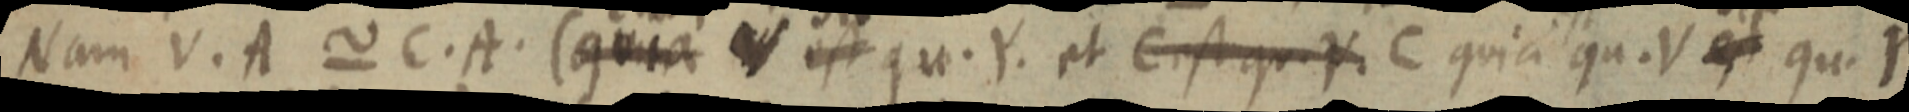
Nam V. A ~ C. A. (quia V est qu. Y. et C est qu. Y. C quia qu. V est qui Y